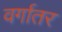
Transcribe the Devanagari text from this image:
वर्गातर